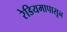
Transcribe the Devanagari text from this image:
रेडियमापासून